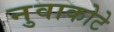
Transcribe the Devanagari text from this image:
नुवाकोटे